Source: Computer-generated
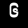
Digit: ၆ (6)